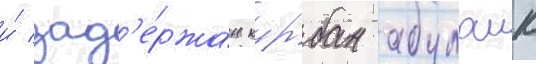
и́ зад'е́ржан курбан абулаик